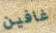
غافين